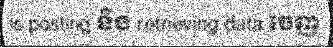
is posting និង retrieving data ចេញ